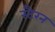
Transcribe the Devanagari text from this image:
स्टैरन